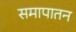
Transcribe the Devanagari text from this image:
समापातन